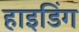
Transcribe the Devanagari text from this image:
हाइडिंग